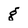
Character: g